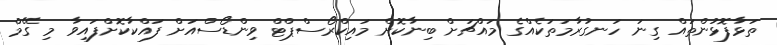
ތަޅާފޮޅުންތައް ގިނަ ހަނގުރާމަތަކެއްގެ މައްޗަށް ބިނާކޮށް މައިކްރޯސްޕްޓް ވިންޑޯސްއަށް ފައްކާކޮށްފައިވާ މި ގޭމް